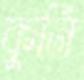
কুর্নি